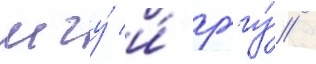
мгу́ и́ рггу́ /